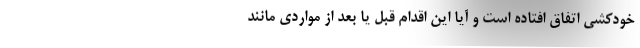
خودکشی اتفاق افتاده است و آیا این اقدام قبل یا بعد از مواردی مانند